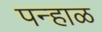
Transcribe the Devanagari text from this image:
पन्हाळ